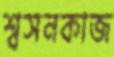
শ্বসনকাজ